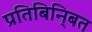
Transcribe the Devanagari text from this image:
प्रतिबिनि्बत